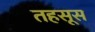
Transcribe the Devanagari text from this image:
तहसूस